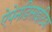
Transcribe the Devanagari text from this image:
ऐपेनडिसाइटिश